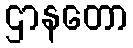
ဌာနတော